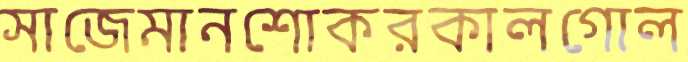
সাজেমানশোকরকালগোল